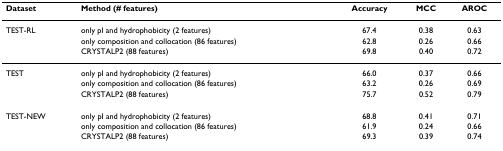
<table><thead><tr><td><b>Dataset</b></td><td><b>Method (# features)</b></td><td><b>Accuracy</b></td><td><b>MCC</b></td><td><b>AROC</b></td></tr></thead><tbody><tr><td>TEST-RL</td><td>only pI and hydrophobicity (2 features)</td><td>67.4</td><td>0.38</td><td>0.63</td></tr><tr><td></td><td>only composition and collocation (86 features)</td><td>62.8</td><td>0.26</td><td>0.66</td></tr><tr><td></td><td>CRYSTALP2 (88 features)</td><td>69.8</td><td>0.40</td><td>0.72</td></tr><tr><td>TEST</td><td>only pI and hydrophobicity (2 features)</td><td>66.0</td><td>0.37</td><td>0.66</td></tr><tr><td></td><td>only composition and collocation (86 features)</td><td>63.2</td><td>0.26</td><td>0.69</td></tr><tr><td></td><td>CRYSTALP2 (88 features)</td><td>75.7</td><td>0.52</td><td>0.79</td></tr><tr><td>TEST-NEW</td><td>only pI and hydrophobicity (2 features)</td><td>68.8</td><td>0.41</td><td>0.71</td></tr><tr><td></td><td>only composition and collocation (86 features)</td><td>61.9</td><td>0.24</td><td>0.66</td></tr><tr><td></td><td>CRYSTALP2 (88 features)</td><td>69.3</td><td>0.39</td><td>0.74</td></tr></tbody></table>